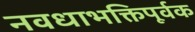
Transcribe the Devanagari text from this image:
नवधाभक्तिपूर्वक